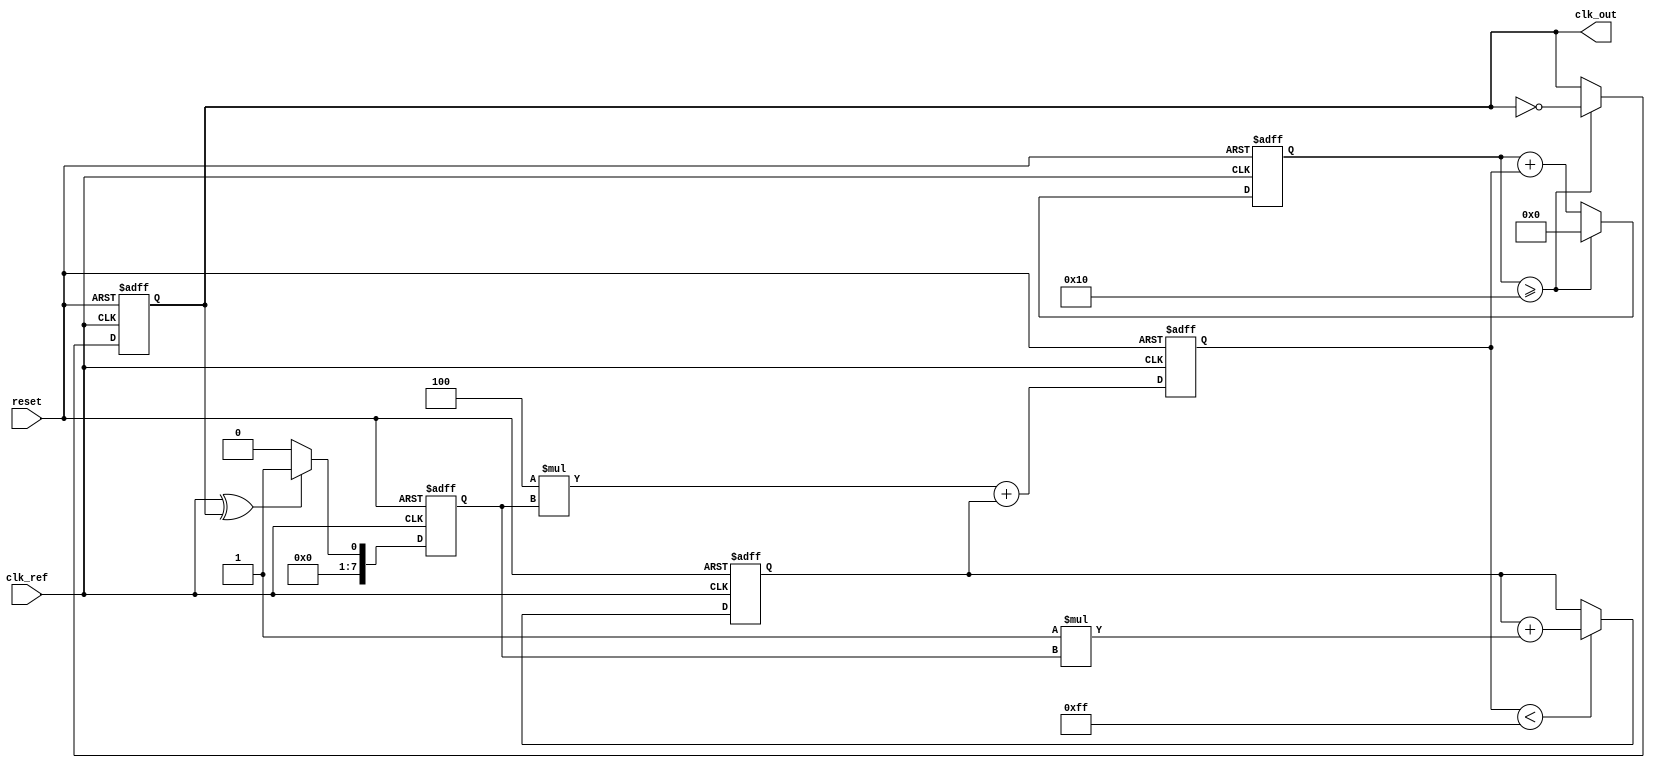
module type2_PLL (
    input wire clk_ref,         // Reference clock input
    input wire reset,          // Asynchronous reset
    output wire clk_out        // Output clock
);

    // Parameters
    parameter N = 4;           // VCO frequency multiplication factor
    parameter Kp = 4;          // Proportional gain
    parameter Ki = 1;          // Integral gain
    parameter MAX_ACCUM = 255; // Maximum value for integrator

    // Internal signals
    reg [7:0] phase_error;     // Phase error signal
    reg [7:0] control_voltage;  // Control voltage for VCO
    reg vco_clk;               // VCO output clock
    reg [7:0] integrator;      // Integrator value
    reg [31:0] vco_counter;    // VCO counter for clock generation

    // Phase Detector (simple XOR for demonstration)
    always @(posedge clk_ref or posedge reset) begin
        if (reset) begin
            phase_error <= 0;
        end else begin
            // Assume clk_out is derived from vco_clk, here we use a simple XOR for phase comparison
            phase_error <= (clk_ref ^ vco_clk) ? 1 : 0; // Phase error signal
        end
    end

    // Loop Filter (Proportional + Integral)
    always @(posedge clk_ref or posedge reset) begin
        if (reset) begin
            integrator <= 0;
            control_voltage <= 0;
        end else begin
            // Proportional control
            control_voltage <= (Kp * phase_error) + integrator;

            // Integrator
            if (control_voltage < MAX_ACCUM) begin
                integrator <= integrator + (Ki * phase_error);
            end
        end
    end

    // Voltage-Controlled Oscillator (VCO)
    always @(posedge clk_ref or posedge reset) begin
        if (reset) begin
            vco_counter <= 0;
            vco_clk <= 0;
        end else begin
            vco_counter <= vco_counter + control_voltage; // Adjust frequency based on control voltage
            if (vco_counter >= (1 << N)) begin // Output frequency scaling
                vco_clk <= ~vco_clk; // Toggle VCO output clock
                vco_counter <= 0; // Reset counter
            end
        end
    end

    // Output Buffer
    assign clk_out = vco_clk;

endmodule